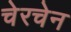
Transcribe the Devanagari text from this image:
चेरचेन